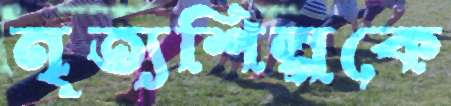
নৃত্যশিল্পকে